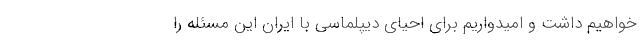
خواهیم داشت و امیدواریم برای احیای دیپلماسی با ایران این مسئله را